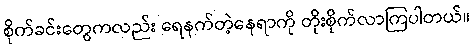
စိုက်ခင်းတွေကလည်း ရေနက်တဲ့နေရာကို တိုးစိုက်လာကြပါတယ်။